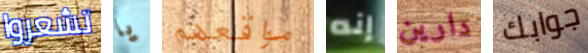
تشعروا يا مواقعهم إنه دارين جوابك